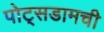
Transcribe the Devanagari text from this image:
पोट्सडामची